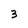
Character: 3